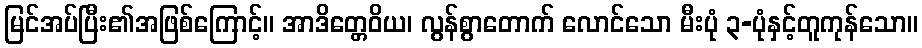
မြင်အပ်ပြီး၏အဖြစ်ကြောင့်။ အာဒိတ္တေဝိယ၊ လွန်စွာတောက် လောင်သော မီးပုံ ၃-ပုံနှင့်တူကုန်သော။